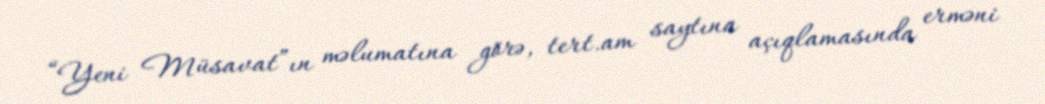
“Yeni Müsavat”ın məlumatına görə, tert.am saytına açıqlamasında erməni